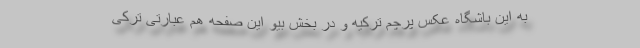
به این باشگاه عکس پرچم ترکیه و در بخش بیو این صفحه هم عبارتی ترکی